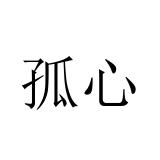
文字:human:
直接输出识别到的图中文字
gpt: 孤心